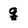
Character: q